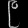
Digit: ၉